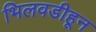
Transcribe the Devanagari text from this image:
भिलवडीहून